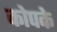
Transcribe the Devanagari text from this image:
कोपके